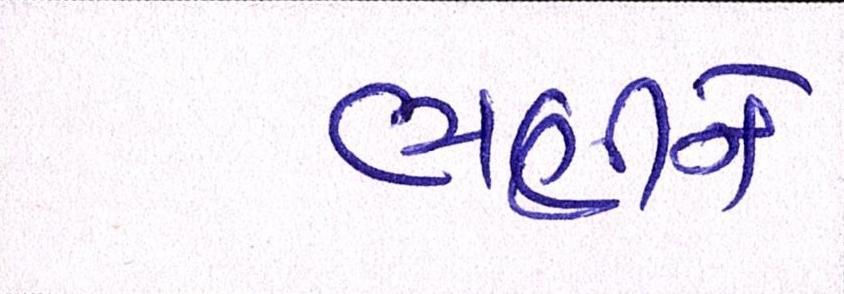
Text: ભણીને